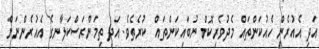
އަދި އެއުރެން ހެއުކަންތައް މެދުވެރިކޮށް ނުބައިކަންތައް  ކުރެތެވެ. އަދި ތިމަންރަސްކަލާނގެ އެއުރެންނަށް